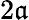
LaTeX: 2\mathfrak{a}